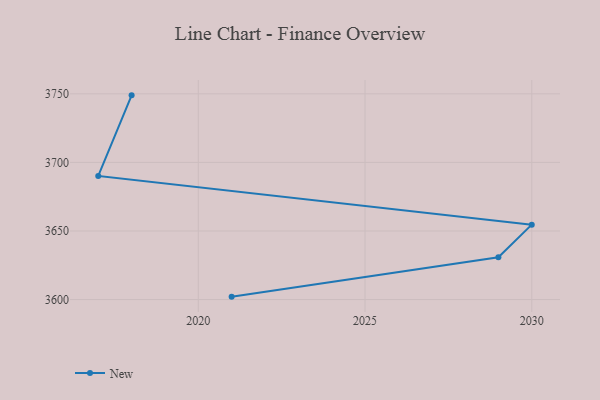
{"axis": {"x": "Year", "y": "Satisfaction Score"}, "legend": ["New"], "data": [{"x": "2021", "y": 3602.1, "type": "New"}, {"x": "2029", "y": 3630.8, "type": "New"}, {"x": "2030", "y": 3654.6, "type": "New"}, {"x": "2017", "y": 3690.1, "type": "New"}, {"x": "2018", "y": 3748.9, "type": "New"}]}